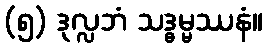
(၅) ဒုလ္လဘံ သဒ္ဓမ္မဿနံ။